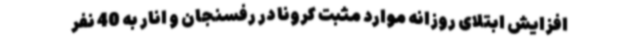
افزایش ابتلای روزانه موارد مثبت کرونا در رفسنجان و انار به 40 نفر